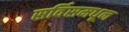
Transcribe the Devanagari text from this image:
सर्विसमधून